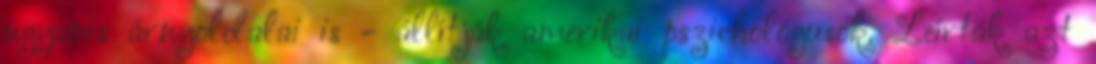
ugyanis árnyoldalai is - állítják amerikai pszichológusok. Leírták azt